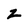
Character: Z